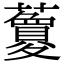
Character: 𧃜